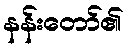
နန်းတော်၏